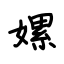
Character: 嫘